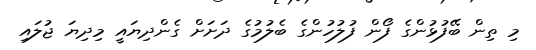
މި ތިން ބޭފުޅުންގެ ފޯން ފުލުހުންގެ ބެލުމުގެ ދަށަށް ގެންދިޔައީ މިދިޔަ ޖުލައި